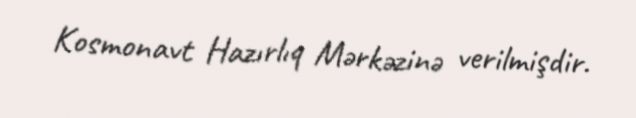
Kosmonavt Hazırlıq Mərkəzinə verilmişdir.